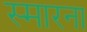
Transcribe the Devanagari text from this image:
स्मारना